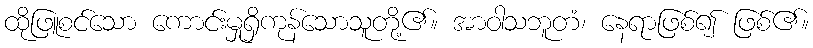
ထိုဖြူစင်သော ကောင်းမှုရှိကုန်သောသူတို့၏။ အာဝါသဘူတံ၊ နေရာဖြစ်၍ ဖြစ်၏။